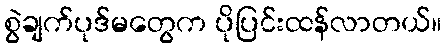
စွဲချက်ပုဒ်မတွေက ပိုပြင်းထန်လာတယ်။